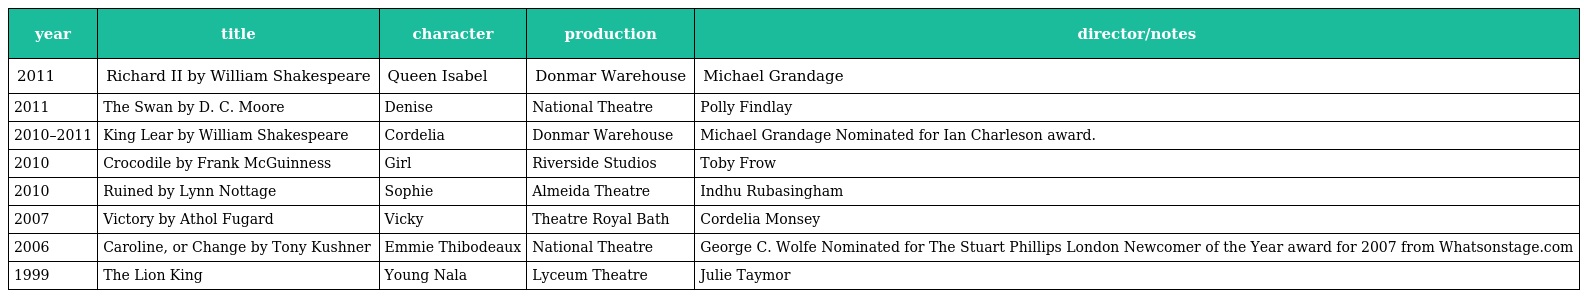
| year | title | character | production | director/notes |
 | --- | --- | --- | --- | --- |
 | 2011 | Richard II by William Shakespeare | Queen Isabel | Donmar Warehouse | Michael Grandage |
 | 2011 | The Swan by D. C. Moore | Denise | National Theatre | Polly Findlay |
 | 2010–2011 | King Lear by William Shakespeare | Cordelia | Donmar Warehouse | Michael Grandage Nominated for Ian Charleson award. |
 | 2010 | Crocodile by Frank McGuinness | Girl | Riverside Studios | Toby Frow |
 | 2010 | Ruined by Lynn Nottage | Sophie | Almeida Theatre | Indhu Rubasingham |
 | 2007 | Victory by Athol Fugard | Vicky | Theatre Royal Bath | Cordelia Monsey |
 | 2006 | Caroline, or Change by Tony Kushner | Emmie Thibodeaux | National Theatre | George C. Wolfe Nominated for The Stuart Phillips London Newcomer of the Year award for 2007 from Whatsonstage.com |
 | 1999 | The Lion King | Young Nala | Lyceum Theatre | Julie Taymor |